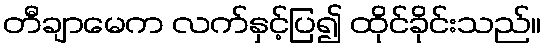
တီချာမေက လက်နှင့်ပြ၍ ထိုင်ခိုင်းသည်။